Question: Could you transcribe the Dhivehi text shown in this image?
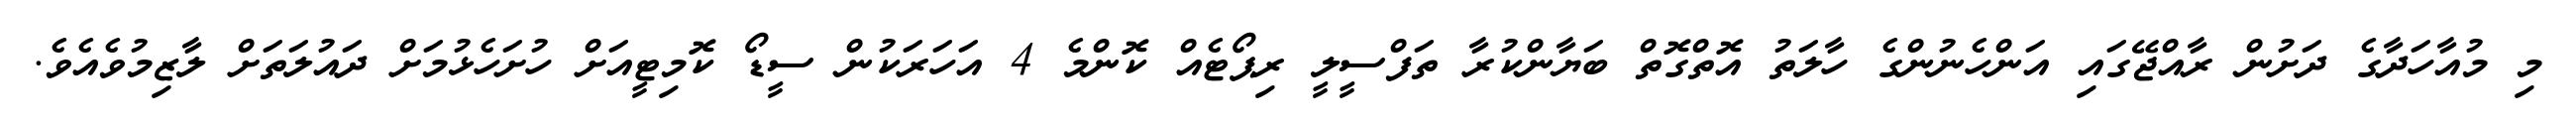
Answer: މި މުއާހަދާގެ ދަށުން ރާއްޖޭގައި އަންހެނުންގެ ހާލަތު އޮތްގޮތް ބަޔާންކުރާ ތަފްސީލީ ރިޕޯޓެއް ކޮންމެ 4 އަހަރަކުން ސީޑޯ ކޮމިޓީއަށް ހުށަހެޅުމަށް ދައުލަތަށް ލާޒިމުވެއެވެ.